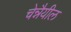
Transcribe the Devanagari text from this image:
चेन्नैयील